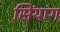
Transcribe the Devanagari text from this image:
सिंयांग